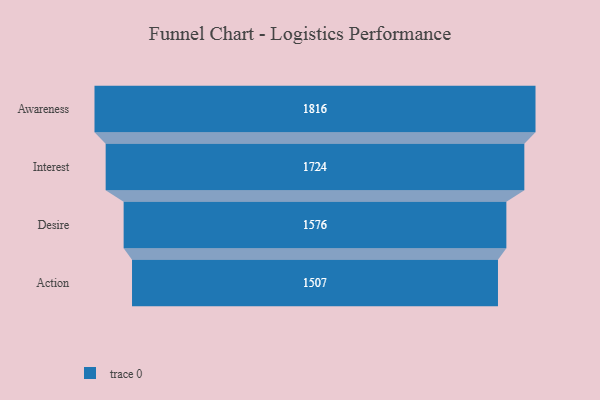
{"axis": {"x": "Stage", "y": "Value"}, "legend": [""], "data": [{"x": "Awareness", "y": 1816.0, "type": ""}, {"x": "Interest", "y": 1724.0, "type": ""}, {"x": "Desire", "y": 1576.0, "type": ""}, {"x": "Action", "y": 1507.0, "type": ""}]}